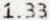
1.33